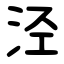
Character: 泾